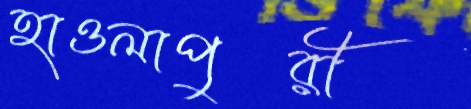
হাওলাপুরী